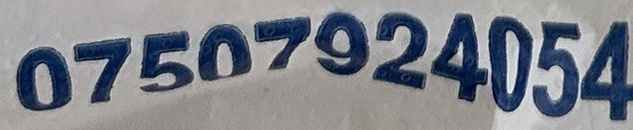
07507924054